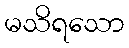
မသိရသော